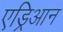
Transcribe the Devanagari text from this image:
एड्रिआन